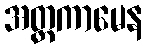
အတ္တကာမေန